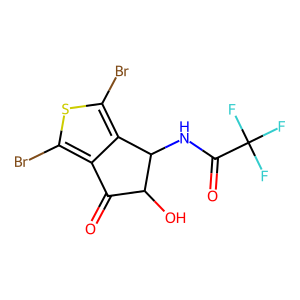
SMILES: O=C1c2c(Br)sc(Br)c2C(NC(=O)C(F)(F)F)C1O
Inhibits HIV replication: No